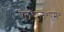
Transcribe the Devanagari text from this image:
एल॰एल॰एम॰